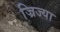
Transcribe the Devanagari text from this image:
ज्रिज्या